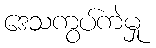
ဒေသကွပ်ကဲမှု